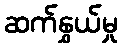
ဆက်နွှယ်မှု